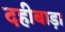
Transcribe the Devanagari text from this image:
दहीबाड़ा